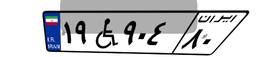
۱۹W۹۰۴۸۰